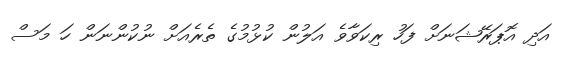
އަދި އޮޕަރޭޝަނަށް ފަހު ރިކަވާވެ އަލުން ކުޅުމުގެ ތެރެއަށް ނުކުންނަން ހަ މަސް